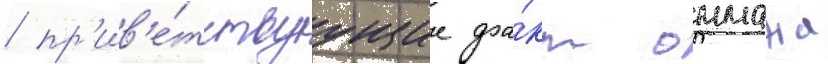
/ пр'ив'е́тствуущие фа́кт оммажа